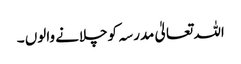
اللہ تعالیٰ مدرسہ کوچلانے والوں ۔